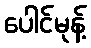
ပေါင်မုန့်